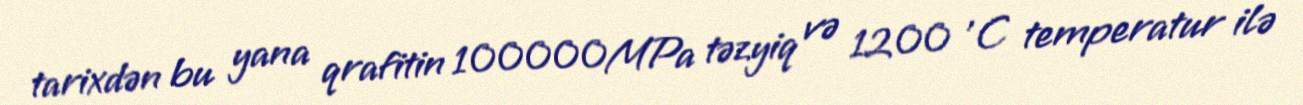
tarixdən bu yana qrafitin 100000MPa təzyiq və 1200 'C temperatur ilə